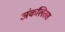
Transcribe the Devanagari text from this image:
अंकलितस